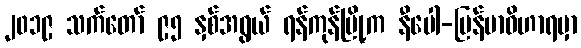
၂၀၁၉ သက်တော် ၉၅ နှစ်အရွယ် ရန်ကုန်မြို့က နီပေါ-မြန်မာဝိဟာရမှာ